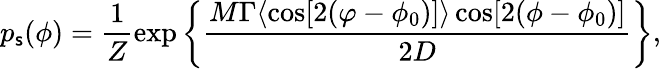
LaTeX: p_{\mathsf{s}}(\phi)=\frac{{1}}{{Z}}\exp\bigg\{ \frac{{M\Gamma\langle\cos[2(\varphi-\phi_{0})]\rangle\cos[2(\phi-\phi_{0})]}}{{2D}}\bigg\} ,